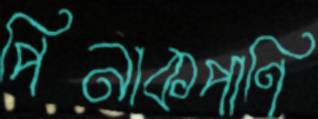
পিনাকপাণি